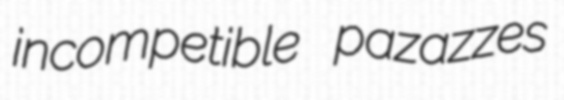
incompetible pazazzes